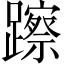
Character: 𨆾